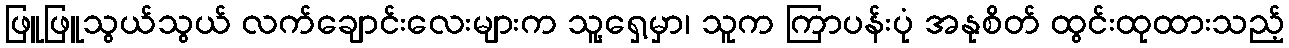
ဖြူဖြူသွယ်သွယ် လက်ချောင်းလေးများက သူ့ရှေ့မှာ၊ သူက ကြာပန်းပုံ အနုစိတ် ထွင်းထုထားသည့်